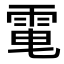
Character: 𩂬